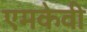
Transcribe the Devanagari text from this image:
एमकेवी